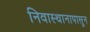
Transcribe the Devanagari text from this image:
निवास्थानापासून